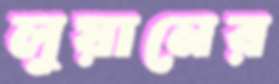
লুয়ানের